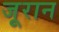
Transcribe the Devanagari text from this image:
जूरान